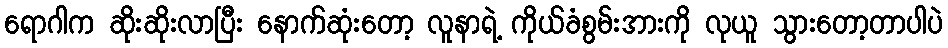
ရောဂါက ဆိုးဆိုးလာပြီး နောက်ဆုံးတော့ လူနာရဲ့ ကိုယ်ခံစွမ်းအားကို လုယူ သွားတော့တာပါပဲ